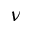
\nu